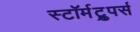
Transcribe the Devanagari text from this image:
स्टॉर्मट्रुपर्स